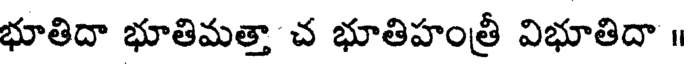
భూతిదా భూతిమత్తా చ భూతిహంత్రీ విభూతిదా ॥